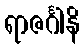
ရာဇင်္ဂါနိ